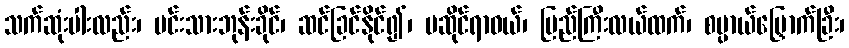
သက်ဆုံးပါးလည်း၊ မင်းသားဘုန်းခိုင်၊ ဆင်ခြင်နိုင်၍၊ မဆိုင်ရာဝယ်၊ ပြည်ကြီးလယ်ထက်၊ စမ္ပာယ်မြှောက်ခြီး၊